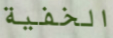
الخفية